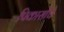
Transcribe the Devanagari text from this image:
पिकासोचे